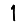
Digit: 1